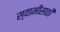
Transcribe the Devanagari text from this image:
स्वामींसाठी